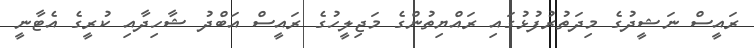
ރައީސް ނަޝީދުގެ މިދަތުރުފުޅުގައި ރައްޔިތުންގެ މަޖިލީހުގެ ރައީސް އަބްދު ޝާހިދާއި ކުރީގެ އެޓާނީ